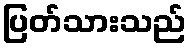
ပြတ်သားသည်